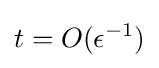
t=O(\epsilon ^{-1})